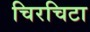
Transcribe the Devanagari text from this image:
चिरचिटा